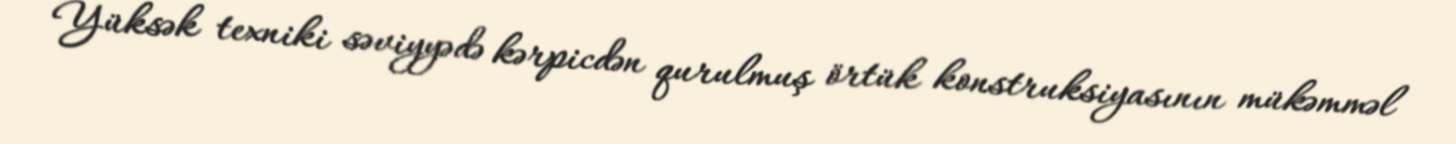
Yüksək texniki səviyyədə kərpicdən qurulmuş örtük konstruksiyasının mükəmməl